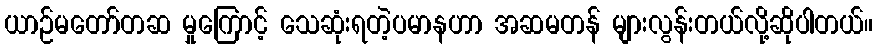
ယာဉ်မတော်တဆ မှုကြောင့် သေဆုံးရတဲ့ပမာနဟာ အဆမတန် များလွန်းတယ်လို့ဆိုပါတယ်။